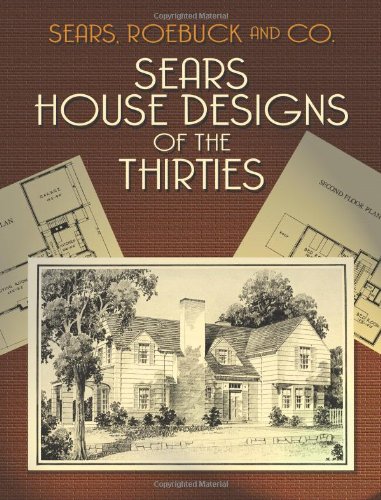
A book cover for Sears House Designs of the Thirties (Dover Architecture); Sears  Roebuck and Co.; Arts & Photography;